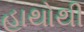
હાથોથી